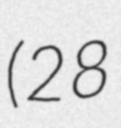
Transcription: (28